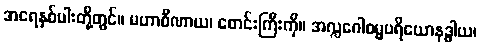
အရေနှစ်ပါးတို့တွင်။ မဟာဝီဏာယ၊ စောင်းကြီးကို။ အလ္လဂေါစမ္မပရိယောနဒ္ဓါယ၊